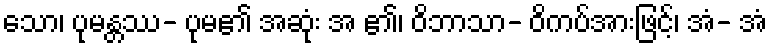
သော၊ ပုမန္တဿ- ပုမ၏ အဆုံး အ ၏၊ ဝိဘာသာ- ဝိကပ်အားဖြင့်၊ အံ- အံ